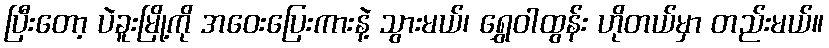
ပြီးတော့ ပဲခူးမြို့ကို အဝေးပြေးကားနဲ့ သွားမယ်၊ ရွှေဝါထွန်း ဟိုတယ်မှာ တည်းမယ်။